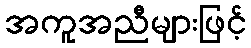
အကူအညီများဖြင့်